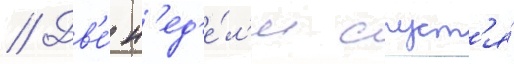
// Дв'е́ н'ед'е́л'и спуст'я́